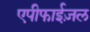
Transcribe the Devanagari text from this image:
एपीफाईज़ल